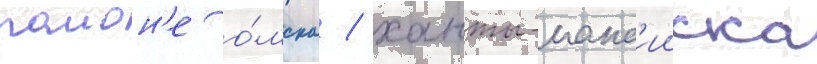
раион'е о́мска / ханты-манс'ииска